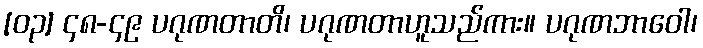
[၀၃] ၄၈-၄၉ ပဂုဏတာတိ၊ ပဂုဏတာဟူသည်ကား။ ပဂုဏဘာဝေါ၊